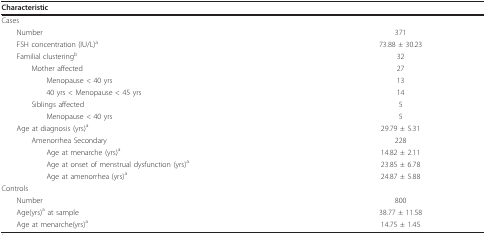
<table><thead><tr><td><b>Characteristic</b></td><td></td></tr></thead><tbody><tr><td>Cases</td><td></td></tr><tr><td> Number</td><td>371</td></tr><tr><td> FSH concentration (IU/L)<sup>a</sup></td><td>73.88 ± 30.23</td></tr><tr><td> Familial clustering<sup>b</sup></td><td>32</td></tr><tr><td>Mother affected</td><td>27</td></tr><tr><td>Menopause &lt; 40 yrs</td><td>13</td></tr><tr><td>40 yrs &lt; Menopause &lt; 45 yrs</td><td>14</td></tr><tr><td>Siblings affected</td><td>5</td></tr><tr><td>Menopause &lt; 40 yrs</td><td>5</td></tr><tr><td> Age at diagnosis (yrs)<sup>a</sup></td><td>29.79 ± 5.31</td></tr><tr><td>Amenorrhea Secondary</td><td>228</td></tr><tr><td>Age at menarche (yrs)<sup>a</sup></td><td>14.82 ± 2.11</td></tr><tr><td>Age at onset of menstrual dysfunction (yrs)<sup>a</sup></td><td>23.85 ± 6.78</td></tr><tr><td>Age at amenorrhea (yrs)<sup>a</sup></td><td>24.87 ± 5.88</td></tr><tr><td>Controls</td><td></td></tr><tr><td> Number</td><td>800</td></tr><tr><td> Age(yrs)<sup>a </sup>at sample</td><td>38.77 ± 11.58</td></tr><tr><td> Age at menarche(yrs)<sup>a</sup></td><td>14.75 ± 1.45</td></tr></tbody></table>